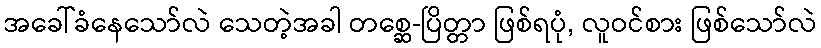
အခေါ်ခံနေသော်လဲ သေတဲ့အခါ တစ္ဆေ-ပြိတ္တာ ဖြစ်ရပုံ, လူဝင်စား ဖြစ်သော်လဲ